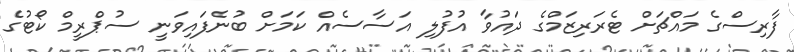
ފާރިސްގެ މައްޗަށް ޓެރަރިޒަމްގެ ދައުވާ އުފުލި އަސާސެއް ކަމަށް ބުނެފައިވަނީ ސުޕްރީމް ކޯޓުގެ